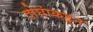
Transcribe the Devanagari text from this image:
दोघांकडून